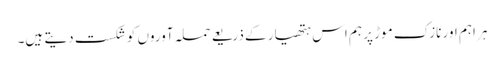
ہر اہم اور نازک موڑ پر ہم اس ہتھیار کے ذریعے حملہ آوروں کو شکست دیتے ہیں۔